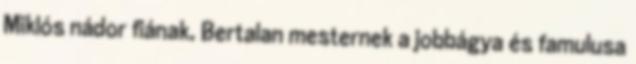
Miklós nádor fiának, Bertalan mesternek a jobbágya és famulusa